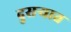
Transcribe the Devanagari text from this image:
दुसर्‍यात